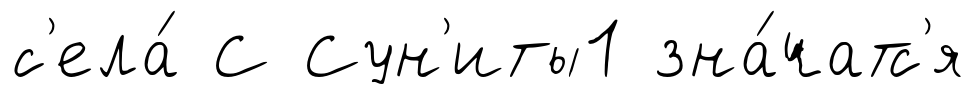
с'ела́ С Сун'иты1 зна́чатс'я